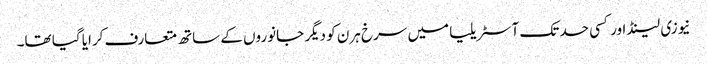
نیوزی لینڈ اور کسی حد تک آسٹریلیا میں سرخ ہرن کو دیگر جانوروں کے ساتھ متعارف کرایا گیا تھا۔